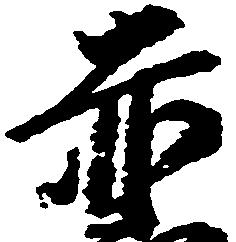
赤